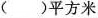
( ) 平 方 米$$